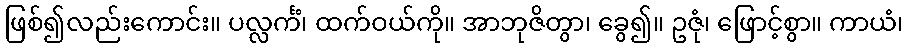
ဖြစ်၍လည်းကောင်း။ ပလ္လင်္ကံ၊ ထက်ဝယ်ကို။ အာဘုဇိတွာ၊ ခွေ၍။ ဥဇုံ၊ ဖြောင့်စွာ။ ကာယံ၊